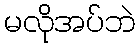
မလိုအပ်ဘဲ